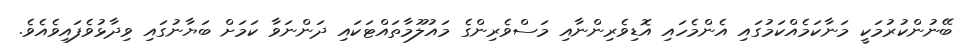
ބޭނުންކުރުމަކީ މަނާކަމެއްކަމުގައި އެންމެހައި އޮޑިވެރިންނާއި މަސްވެރިންގެ މައުލޫމާތައްޓަކައި ދަންނަވާ ކަމަށް ބަޔާނުގައި ވިދާޅުވެފައިވެއެވެ.